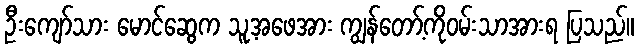
ဦးကျော်သား မောင်ဆွေက သူ့အဖေအား ကျွန်တော့်ကိုဝမ်းသာအားရ ပြသည်။